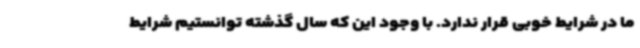
ما در شرایط خوبی قرار ندارد. با وجود این که سال گذشته توانستیم شرایط